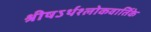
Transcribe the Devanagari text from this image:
श्रीषऽर्थश्लोकवार्तिके